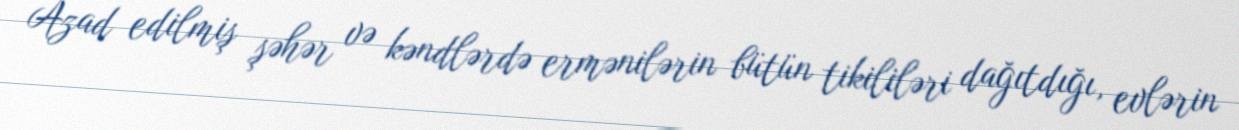
Azad edilmiş şəhər və kəndlərdə ermənilərin bütün tikililəri dağıtdığı, evlərin